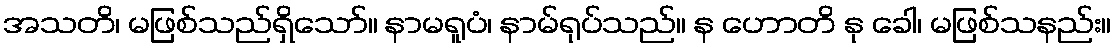
အသတိ၊ မဖြစ်သည်ရှိသော်။ နာမရူပံ၊ နာမ်ရုပ်သည်။ န ဟောတိ နု ခေါ၊ မဖြစ်သနည်း။